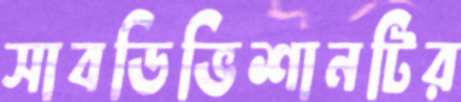
সাবডিভিশানটির